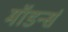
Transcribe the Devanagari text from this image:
मॉडर्न्स